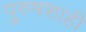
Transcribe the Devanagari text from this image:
पुरुषशाही